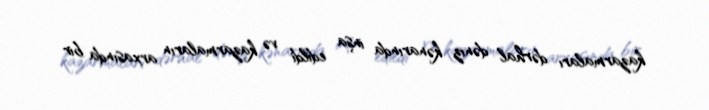
kazarmaları dərhal dəniz kənarında inşa edildi və kazarmaların arxasında bir